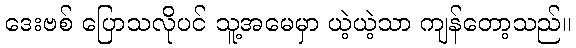
ဒေးဗစ် ပြောသလိုပင် သူ့အမေမှာ ယဲ့ယဲ့သာ ကျန်တော့သည်။